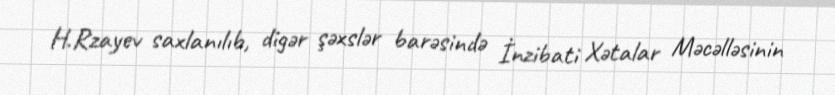
H.Rzayev saxlanılıb, digər şəxslər barəsində İnzibati Xətalar Məcəlləsinin